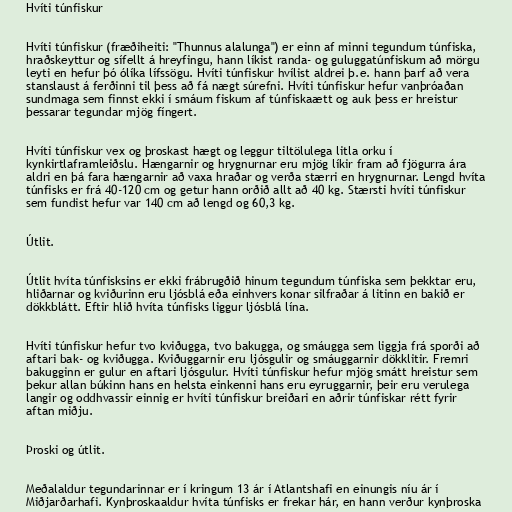
Hvíti túnfiskur

Hvíti túnfiskur (fræðiheiti: "Thunnus alalunga") er einn af minni tegundum túnfiska,
hraðskeyttur og sífellt á hreyfingu, hann líkist randa- og guluggatúnfiskum að mörgu
leyti en hefur þó ólíka lífssögu. Hvíti túnfiskur hvílist aldrei þ.e. hann þarf að vera
stanslaust á ferðinni til þess að fá nægt súrefni. Hvíti túnfiskur hefur vanþróaðan
sundmaga sem finnst ekki í smáum fiskum af túnfiskaætt og auk þess er hreistur
þessarar tegundar mjög fíngert.

Hvíti túnfiskur vex og þroskast hægt og leggur tiltölulega litla orku í
kynkirtlaframleiðslu. Hængarnir og hrygnurnar eru mjög líkir fram að fjögurra ára
aldri en þá fara hængarnir að vaxa hraðar og verða stærri en hrygnurnar. Lengd hvíta
túnfisks er frá 40-120 cm og getur hann orðið allt að 40 kg. Stærsti hvíti túnfiskur
sem fundist hefur var 140 cm að lengd og 60,3 kg.

Útlit.

Útlit hvíta túnfisksins er ekki frábrugðið hinum tegundum túnfiska sem þekktar eru,
hliðarnar og kviðurinn eru ljósblá eða einhvers konar silfraðar á litinn en bakið er
dökkblátt. Eftir hlið hvíta túnfisks liggur ljósblá lína.

Hvíti túnfiskur hefur tvo kviðugga, tvo bakugga, og smáugga sem liggja frá sporði að
aftari bak- og kviðugga. Kviðuggarnir eru ljósgulir og smáuggarnir dökklitir. Fremri
bakugginn er gulur en aftari ljósgulur. Hvíti túnfiskur hefur mjög smátt hreistur sem
þekur allan búkinn hans en helsta einkenni hans eru eyruggarnir, þeir eru verulega
langir og oddhvassir einnig er hvíti túnfiskur breiðari en aðrir túnfiskar rétt fyrir
aftan miðju.

Þroski og útlit.

Meðalaldur tegundarinnar er í kringum 13 ár í Atlantshafi en einungis níu ár í
Miðjarðarhafi. Kynþroskaaldur hvíta túnfisks er frekar hár, en hann verður kynþroska